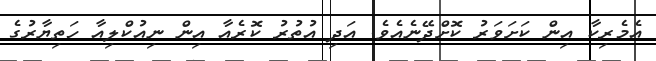
އެމެރިކާ އިން ކަށަވަރު ކޮށްދޭނެއެވެ. އަދި އުތުރު ކޮރެއާ އިން ނިއުކްލިއާ ހަތިޔާރުގެ